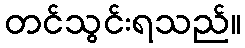
တင်သွင်းရသည်။